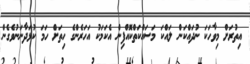
އިތުރަށް މިވާހަކަ ނުދައްކަން ލައްކަ މަސައްކަތްކޮއްފިން އެކަމަކު އަހަރެންގެ ހިތަށް ހަމަ ކުޅަދާނަނުވެގެން